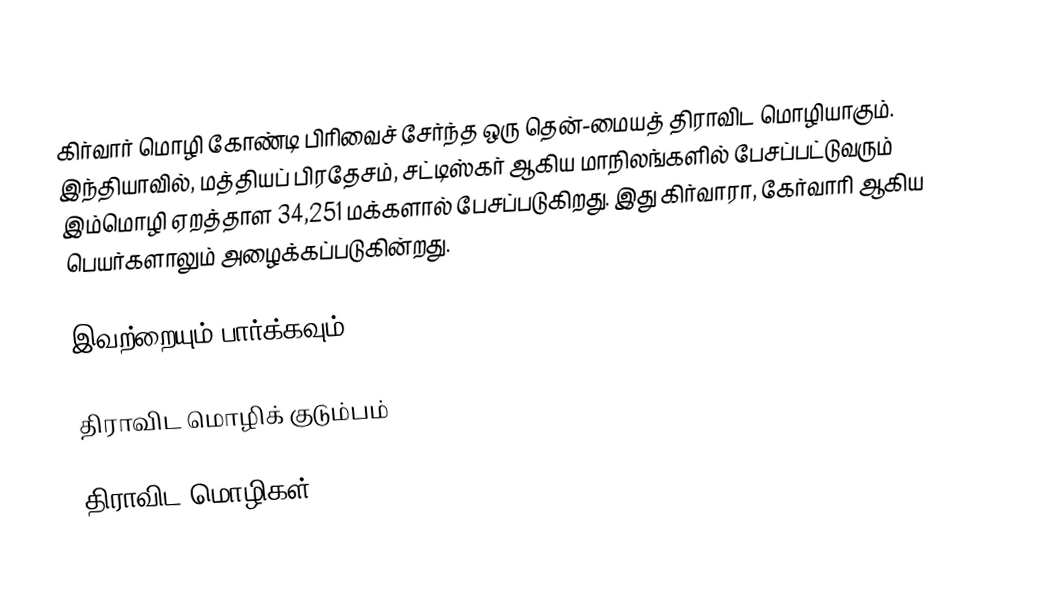
கிர்வார் மொழி கோண்டி பிரிவைச் சேர்ந்த ஒரு தென்-மையத் திராவிட மொழியாகும். இந்தியாவில், மத்தியப் பிரதேசம், சட்டிஸ்கர் ஆகிய மாநிலங்களில் பேசப்பட்டுவரும் இம்மொழி ஏறத்தாள 34,251 மக்களால் பேசப்படுகிறது. இது கிர்வாரா, கேர்வாரி ஆகிய பெயர்களாலும் அழைக்கப்படுகின்றது.

இவற்றையும் பார்க்கவும்

 திராவிட மொழிக் குடும்பம்

திராவிட மொழிகள்